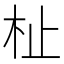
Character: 杫